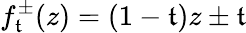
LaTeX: f_{\mathfrak{t}}^{\pm}(z)=(1-\mathfrak{t})z\pm\mathfrak{t}